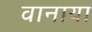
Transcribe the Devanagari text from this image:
वानाया